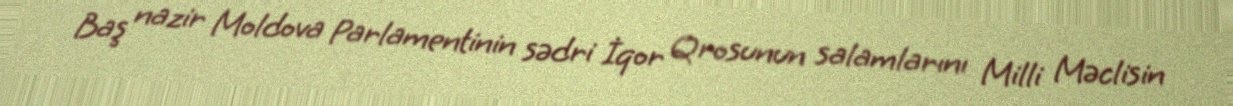
Baş nazir Moldova Parlamentinin sədri İqor Qrosunun salamlarını Milli Məclisin